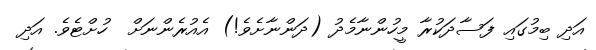
އަދި ބިމުގައި ފަސާދަކުރާ މީހުންނާމެދު (ދަންނާށެވެ!) އެއުރެންނަށް  ހުށްޓެވެ. އަދި